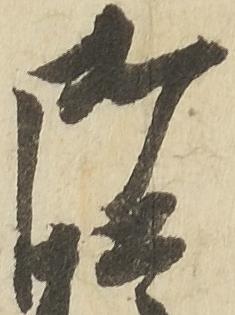
御